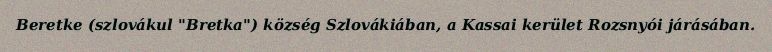
Beretke (szlovákul "Bretka") község Szlovákiában, a Kassai kerület Rozsnyói járásában.